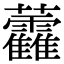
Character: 𧆑